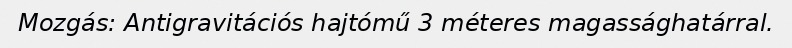
Mozgás: Antigravitációs hajtómű 3 méteres magassághatárral.